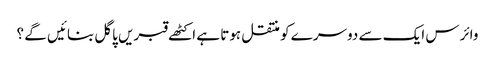
وائرس ایک سے دوسرے کو منتقل ہوتا ہے اکٹھے قبریں پاگل بنائیں گے ؟